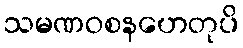
သမဏဝစနဟေတုပိ